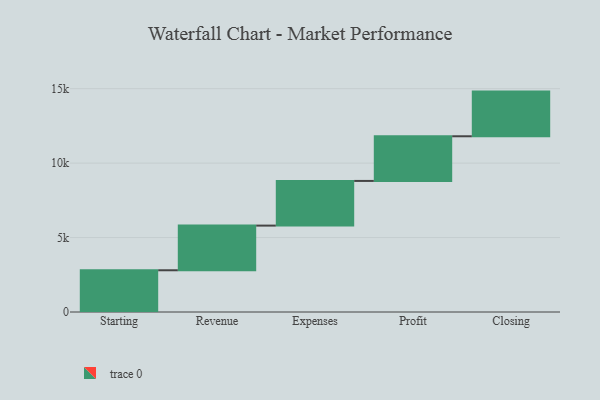
{"axis": {"x": "Step", "y": "Value"}, "legend": [""], "data": [{"x": "Starting", "y": 2803.0, "type": ""}, {"x": "Revenue", "y": 3000, "type": ""}, {"x": "Expenses", "y": 3000, "type": ""}, {"x": "Profit", "y": 3000, "type": ""}, {"x": "Closing", "y": 3000, "type": ""}]}